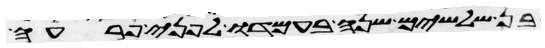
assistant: בן שלשים שנה בעמדו לפני פרעה